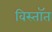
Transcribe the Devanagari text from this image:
विस्तॉत